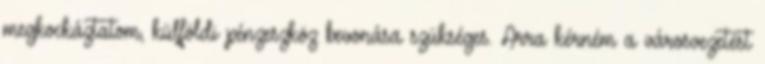
megkockáztatom, külföldi pénzeszköz bevonása szükséges. Arra kérném a városvezetést